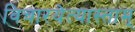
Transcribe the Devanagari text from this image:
विचारयेत्यास्ताम्